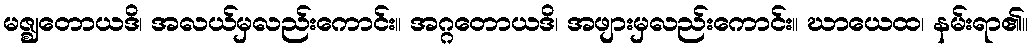
မဇ္ဈတောယဒိ၊ အလယ်မှလည်းကောင်း။ အဂ္ဂတောယဒိ၊ အဖျားမှလည်းကောင်း။ ဃာယေထ၊ နမ်းရာ၏။